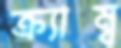
ক্র্যাম্ব